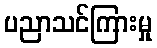
ပညာသင်ကြားမှု